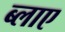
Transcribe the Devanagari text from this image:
ब्लाए